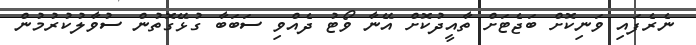
ނެރެފައި ވަނިކޮށް ބަޖެޓަށް ތާއީދުކޮށް އޭނާ ވޯޓު ދެއްވި ސަބަބާ ގުޅޭގޮތުން ސުވާލުކުރުމުން